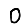
Digit: 0